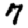
Digit: 7